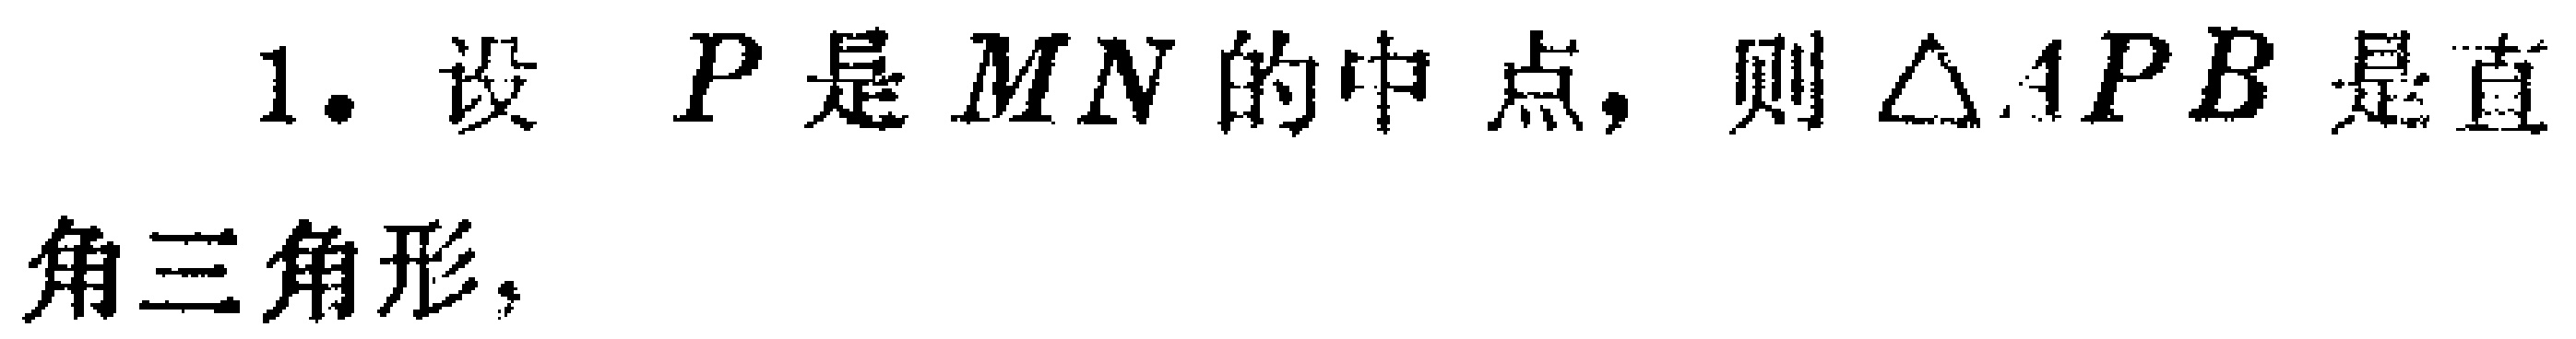
1. 设 \(P\) 是 \(MN\) 的中点，则 \(\triangle APB\) 是直角三角形。